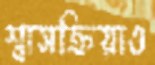
শ্বাসক্রিয়াও